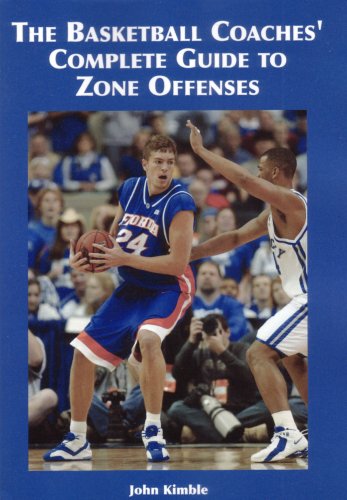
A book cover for The Basketball Coaches' Complete Guide to Zone Offenses; John Kimble; Sports & Outdoors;